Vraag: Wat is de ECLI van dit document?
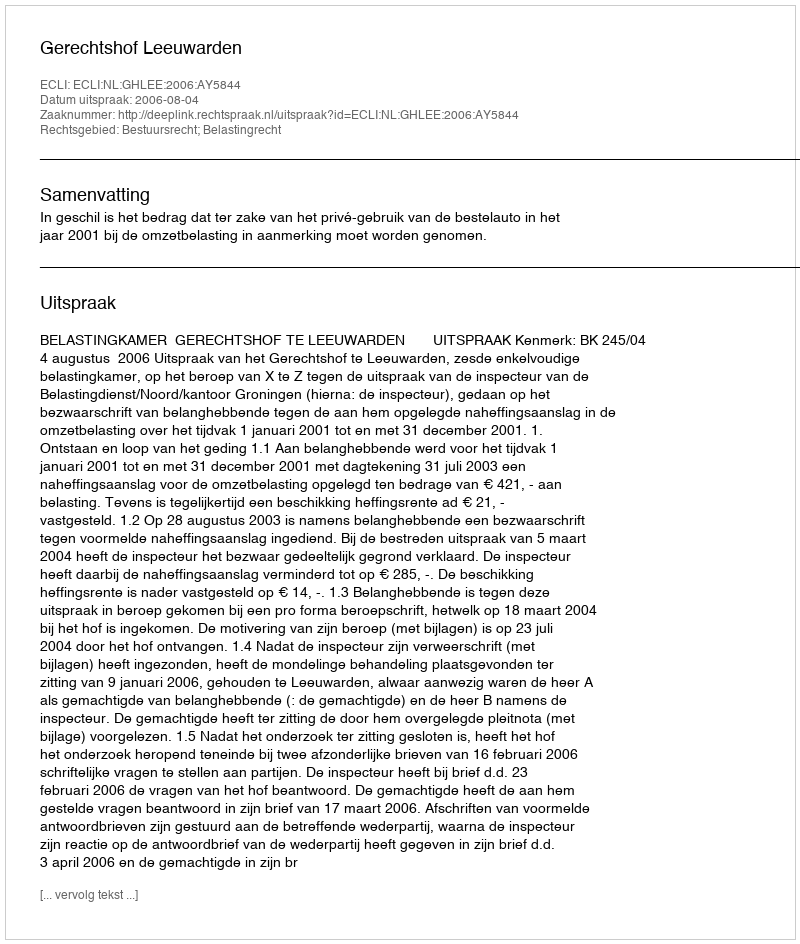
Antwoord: ECLI:NL:GHLEE:2006:AY5844